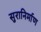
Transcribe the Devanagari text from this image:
सुरानिर्माण